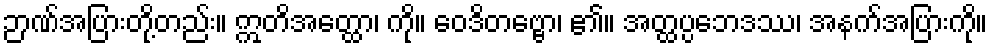
ဉာဏ်အပြားတို့တည်း။ ဣတိအတ္ထော၊ ကို။ ဝေဒိတဗ္ဗော၊ ၏။ အတ္ထပ္ပဘေဒဿ၊ အနက်အပြားကို။